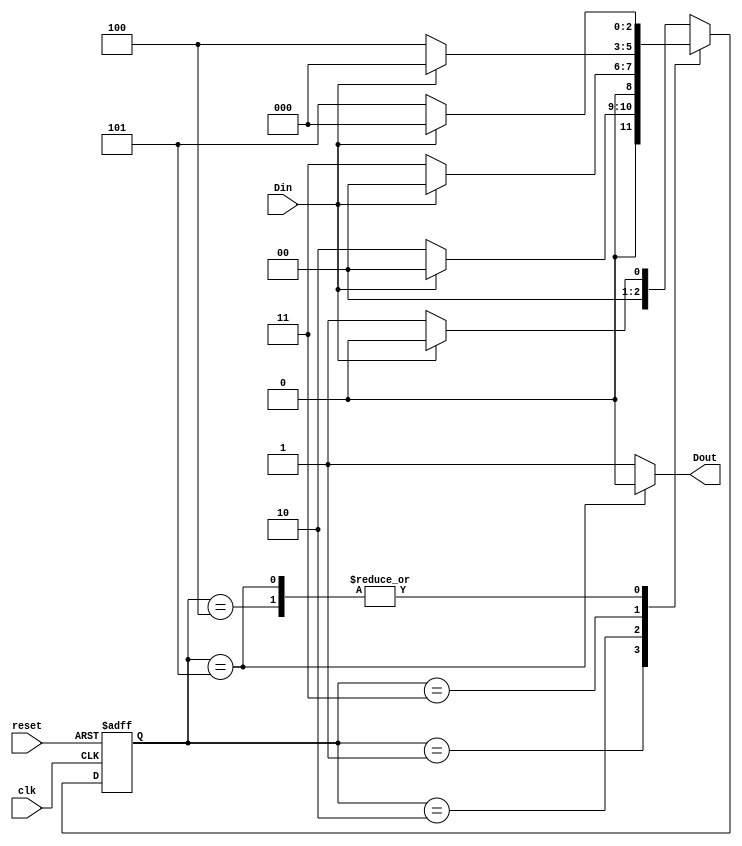
module Debounce_Circuit(clk, reset, Din, Dout);
input clk, reset, Din;
output Dout;
reg Dout;

reg[2:0] current_state, next_state;

// next state combinational logic
always@(*)
	case(current_state)
		3'd0:
			next_state <= (Din==1'b0) ? 3'd1 : 3'd0;
		3'd1:
			next_state <= (Din==1'b0) ? 3'd2 : 3'd0;
		3'd2:
			next_state <= (Din==1'b0) ? 3'd3 : 3'd0;
		3'd3:
			next_state <= (Din==1'b0) ? 3'd4 : 3'd0;
		3'd4:
			next_state <= (Din==1'b0) ? 3'd5 : 3'd0;
		3'd5:
			next_state <= (Din==1'b0) ? 3'd5 : 3'd0;
		default:
			next_state <= (Din==1'b0) ? 3'd1 : 3'd0;
	endcase

// state register
always@(posedge clk, negedge reset)
	if (!reset)
		current_state <= 3'd0;
	else
		current_state <= next_state;

// output combinational logic
always@(current_state)
	case(current_state)
		3'd0:
			Dout <= 1'b1;
		3'd1:
			Dout <= 1'b1;
		3'd2:
			Dout <= 1'b1;
		3'd3:
			Dout <= 1'b1;
		3'd4:
			Dout <= 1'b1;
		3'd5:
			Dout <= 1'b0;
		default:
			Dout <= 1'b1;
	endcase

endmodule